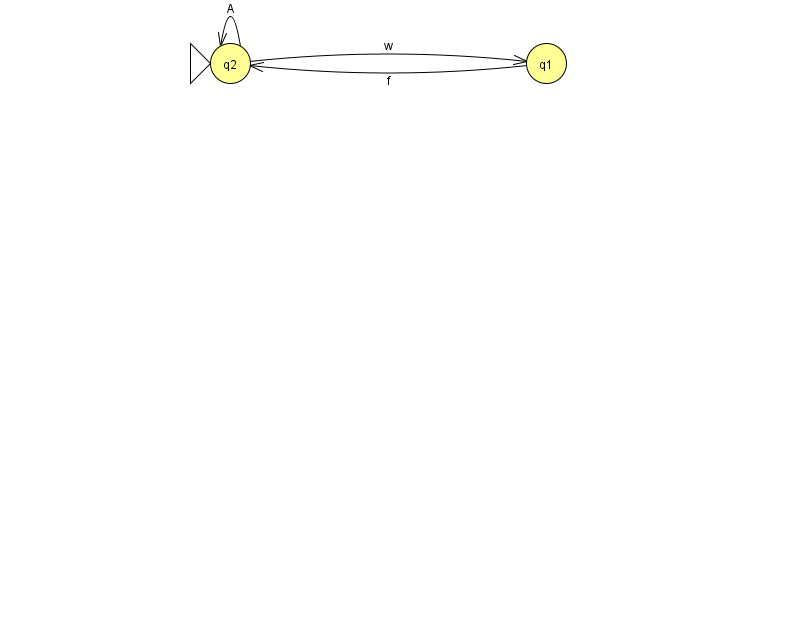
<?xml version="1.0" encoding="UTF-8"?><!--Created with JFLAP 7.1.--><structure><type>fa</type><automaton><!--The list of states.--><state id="0" name="q0"><x>966.0</x><y>50.0</y><final/></state><state id="1" name="q1"><x>546.0</x><y>50.0</y></state><state id="2" name="q2"><x>230.0</x><y>50.0</y><initial/></state><!--The list of transitions.--><transition><from>1</from><to>2</to><read>f</read></transition><transition><from>2</from><to>1</to><read>w</read></transition><transition><from>2</from><to>2</to><read>A</read></transition><transition><from>0</from><to>0</to><read>t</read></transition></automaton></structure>